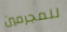
للمجرمين